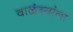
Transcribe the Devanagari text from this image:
वाळंब्यांना